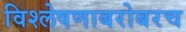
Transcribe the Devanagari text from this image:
विश्लेषणाबरोबरच